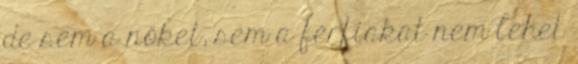
de sem a nőket, sem a férfiakat nem lehet